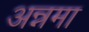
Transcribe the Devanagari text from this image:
अन्नमा